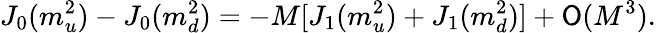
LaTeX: J_{0}(m_{u}^{2})-J_{0}(m_{d}^{2})=-M[J_{1}(m_{u}^{2})+J_{1}(m_{d}^{2})]+{\cal\mathsf{O}}(M^{3}).